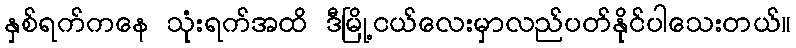
နှစ်ရက်ကနေ သုံးရက်အထိ ဒီမြို့ငယ်လေးမှာလည်ပတ်နိုင်ပါသေးတယ်။